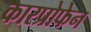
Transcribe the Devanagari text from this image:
कारप्रोफेन